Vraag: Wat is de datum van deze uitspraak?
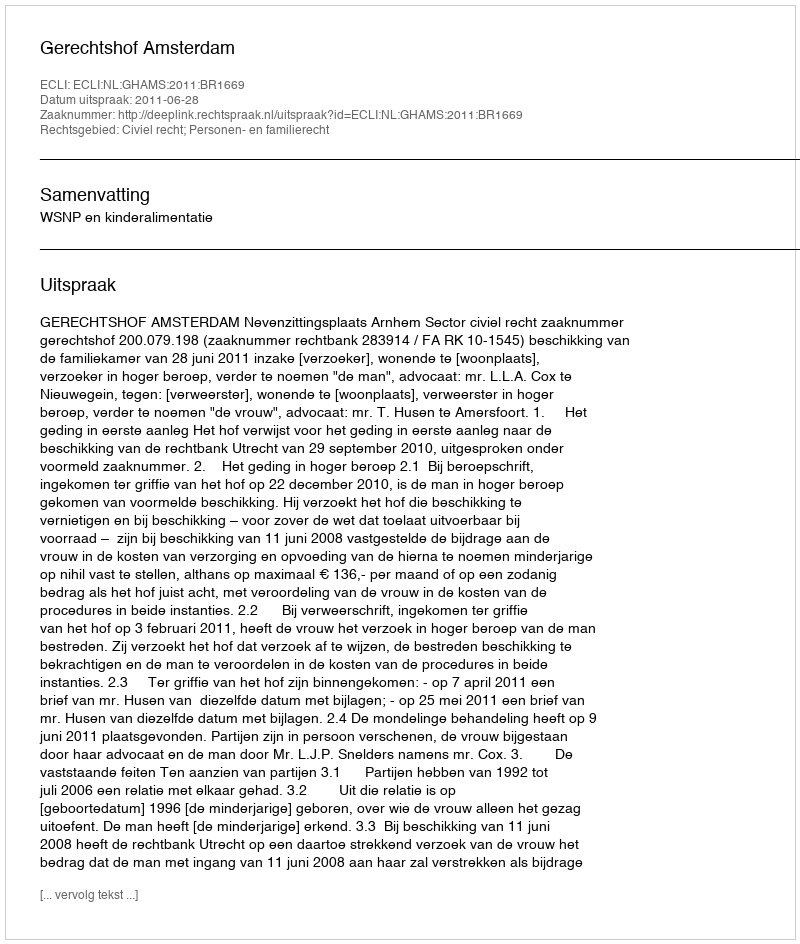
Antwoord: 2011-06-28